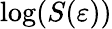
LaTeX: \log(S(\varepsilon))